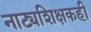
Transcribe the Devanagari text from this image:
नाट्यशिक्षकही